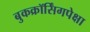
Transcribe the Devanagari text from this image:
बुकक्रॉर्सिंगपेक्षा